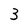
Character: 3